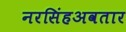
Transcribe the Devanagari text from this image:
नरसिंहअवतार